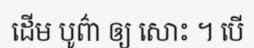
ដើម បូព៌ា ឲ្យ សោះ ។ បើ